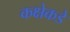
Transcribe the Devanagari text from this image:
कक्षेकडे